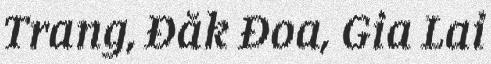
Trang, Đăk Đoa, Gia Lai